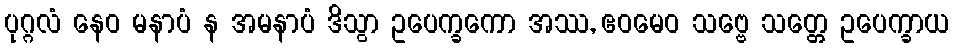
ပုဂ္ဂလံ နေဝ မနာပံ န အမနာပံ ဒိသွာ ဥပေက္ခကော အဿ, ဧဝမေဝ သဗ္ဗေ သတ္တေ ဥပေက္ခာယ